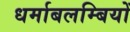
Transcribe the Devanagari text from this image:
धर्माबलम्बियों